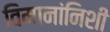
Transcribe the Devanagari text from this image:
विमानांनिशी